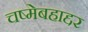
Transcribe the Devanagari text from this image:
चष्मेबहाद्दर